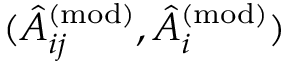
( \hat { A } _ { i j } ^ { ( \mathrm { m o d ) } } , \hat { A } _ { i } ^ { ( \mathrm { m o d ) } } )